Civil Veterinary Dept. North-West Frontier Province 1901-22 - 1901-1922
Year: 1901
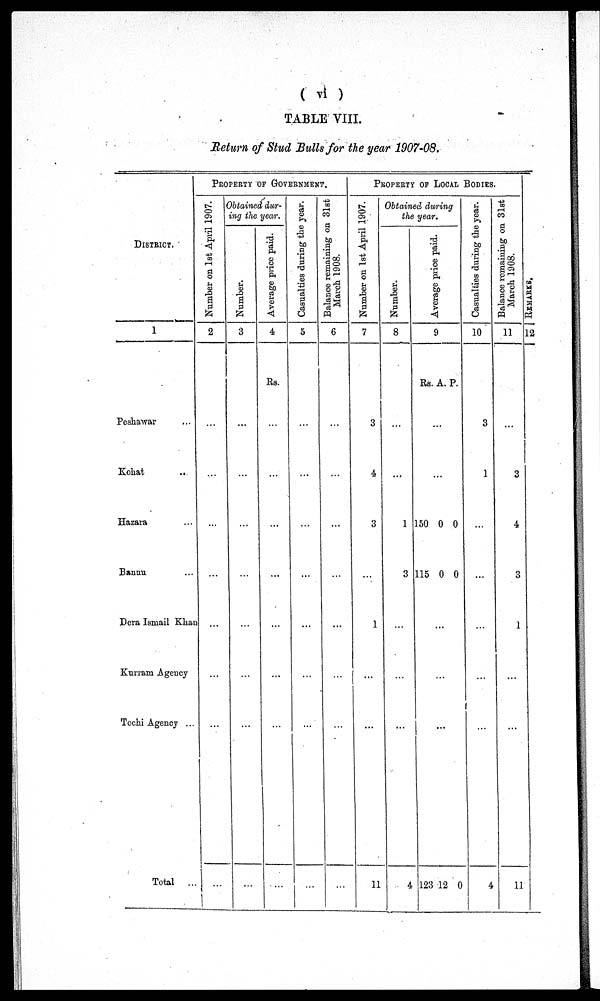
(vi)
TABLE VIII.
Return of Stud Bulls for the year 1907-08.
DISTRICT.
1
Peshawar ...
Kohat ...
Hazara ...
Bannu ...
Dera Ismail Khan
Kurram Agency
Tochi Agency ...
Total ...
PROPERTY OF GOVERNMENT.
Number on 1st April 1907.
2
...
...
...
...
...
...
...
...
Obtained dur-
ing the year.
Number.
3
...
...
...
...
...
...
...
...
Average price paid.
4
Rs.
...
...
...
...
...
...
...
...
Casualties during the year.
5
...
...
...
...
...
...
...
...
Balance remaining on 31st
March 1908.
6
...
...
...
...
...
...
...
...
PROPERTY OF LOCAL BODIES
Number on 1st April 1907.
7
3
4
3
...
1
...
...
11
Obtained during
the year.
Number.
8
...
...
1
3
...
...
...
4
Aver age price paid.
9
RS.
...
...
150
115
...
...
123
A.
0
0
...
12
P.
0
0
0
Casualties during the year.
10
3
1
...
...
...
...
...
4
Balance remaining on 31st
March 1908.
11
...
3
4
3
1
...
...
11
REMARKS.
12